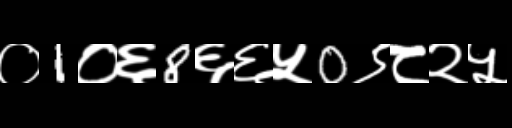
Text: ०1०६8६६५0९८२५